Punjab Mental Hospital Lahore 1932-46 - 1932-1946
Year: 1932
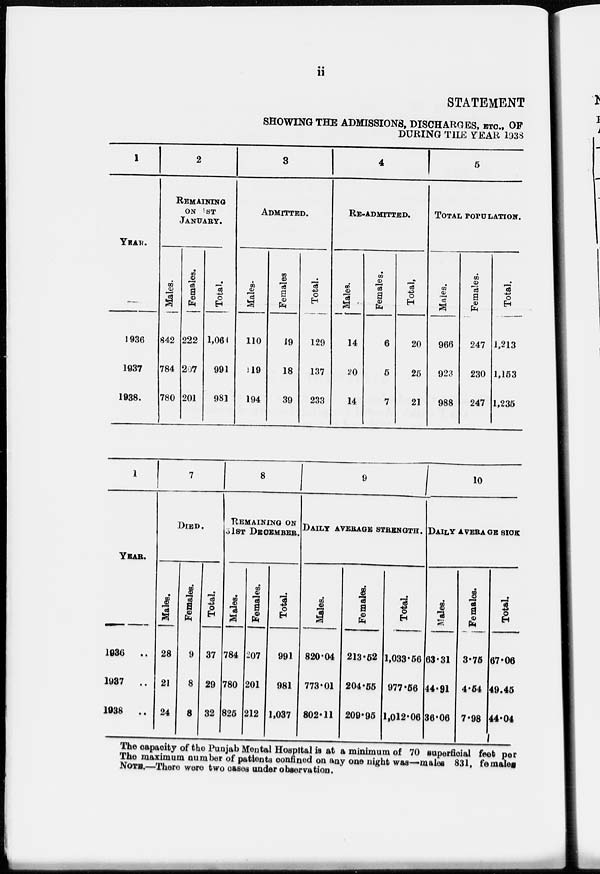
ii
STATEMENT
SHOWING THE ADMISSIONS, DISCHARGES, ETC., OF
DURING THE YEAR 1938
1
YEAR.
1936
1937
1938
2
REMAINING
ON 1ST
JANUARY.
Males.
842
784
780
Females.
222
267
201
Total.
1,06
991
981
3
ADMITTED.
Males.
110
119
194
Females
19
18
39
Total.
129
137
233
4
RE-ADMITTED.
Males.
14
20
14
Females.
6
5
7
Total.
20
25
21
5
TOTAL POPULATION.
Males.
966
923
988
Females.
247
230
247
Total.
1,213
1,153
1,235
1
YEAR.
1936
..
1937 ..
1938
..
7
DIED.
Males.
28
21
24
Females.
9
8
8
Total.
37
29
32
8
REMAINING ON
31ST DECEMBER.
Males.
784
780
825
Females.
207
201
212
Total.
991
981
1,037
9
DAILY AVERAGE STRENGTH.
Males.
820.04
773.01
802.11
Females.
213.52
204.55
209.95
Total
1,033.56
977.56
1,012.06
10
DAILY AVERAGE SICK
Males.
63.31
44.91
36.06
Females.
3.75
4.54
7.98
Total.
67.06
49.45
44.04
The capacity of the Punjab Mental Hospital is at a minimum of 70 superficial feet per
The maximum number of patients confined on any one night was—males 831, females
NOTE.—There were two cases under observation.